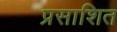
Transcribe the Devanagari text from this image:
प्रसाशित